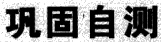
巩固自测